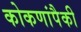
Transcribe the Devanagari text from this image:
कोकणांपैकी